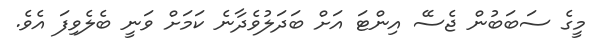
މީގެ ސަބަބުން ޖެސޭ އިންޓަ އަށް ބަދަލުވެދާނެ ކަމަށް ވަނީ ބެލެވިފަ އެވެ.